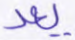
يعد